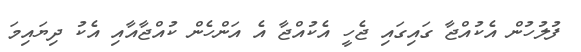
ފުލުހުން އެކުއްޖާ ގައިގައި ޖެހީ އެކުއްޖާ އެ އަންހެން ކުއްޖާއާއި އެކު ދިޔައިމަ